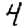
Digit: 4